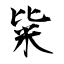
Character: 粊